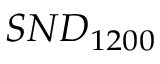
S N D _ { 1 2 0 0 }